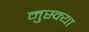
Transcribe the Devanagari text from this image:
मुस्क्या